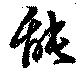
能